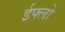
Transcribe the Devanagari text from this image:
ईफ्लो